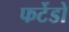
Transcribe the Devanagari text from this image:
फर्टेडो